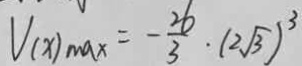
V ( x ) _ { \max } = - \frac { 2 6 } { 3 } \cdot ( 2 \sqrt { 3 } ) ^ { 3 }